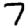
Digit: 7